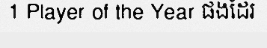
1 Player of the Year ផងដែរ